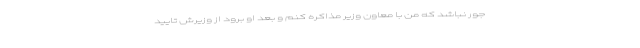
جور نباشد که من با معاون وزیر مذاکره کنم و بعد او برود از وزیرش تایید